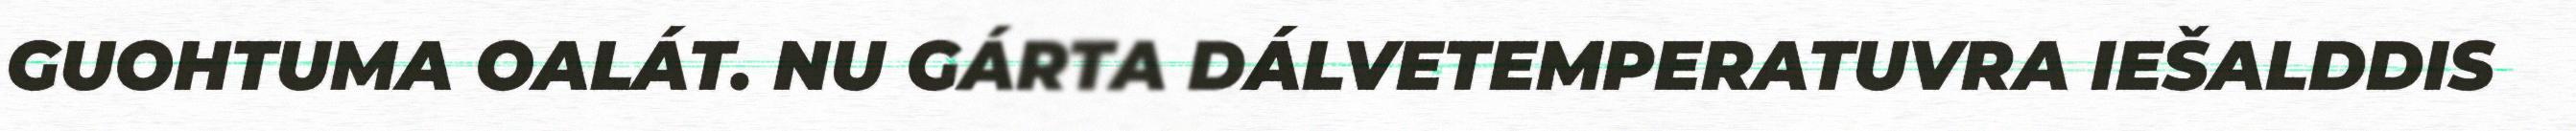
GUOHTUMA OALÁT. NU GÁRTA DÁLVETEMPERATUVRA IEŠALDDIS